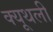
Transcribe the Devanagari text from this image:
क्यूथली